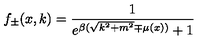
f _ { \pm } ( x , k ) = { \frac { 1 } { e ^ { \beta ( \sqrt { k ^ { 2 } + m ^ { 2 } } \mp \mu ( x ) ) } + 1 } }